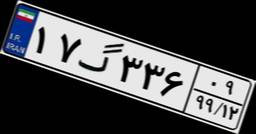
۱۷گ۳۳۶۰۹